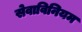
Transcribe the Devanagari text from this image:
सेवाविनियम